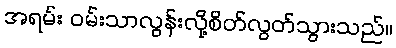
အရမ်း ဝမ်းသာလွန်းလို့စိတ်လွတ်သွားသည်။